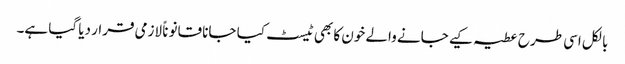
بالکل اسی طرح عطیہ کیے جانے والے خون کا بھی ٹیسٹ کیا جانا قانوناً لازمی قرار دیا گیا ہے۔